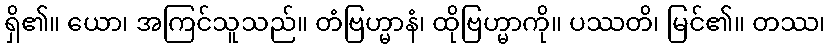
ရှိ၏။ ယော၊ အကြင်သူသည်။ တံဗြဟ္မာနံ၊ ထိုဗြဟ္မာကို။ ပဿတိ၊ မြင်၏။ တဿ၊